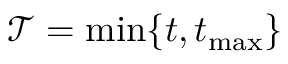
\mathcal { T } = \operatorname* { m i n } \{ t , t _ { \operatorname* { m a x } } \}